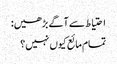
احتیاط سے آگے بڑھیں:
تمام مائع کیوں نہیں؟